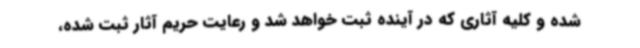
شده و کلیه آثاری که در آینده ثبت خواهد شد و رعایت حریم آثار ثبت شده،